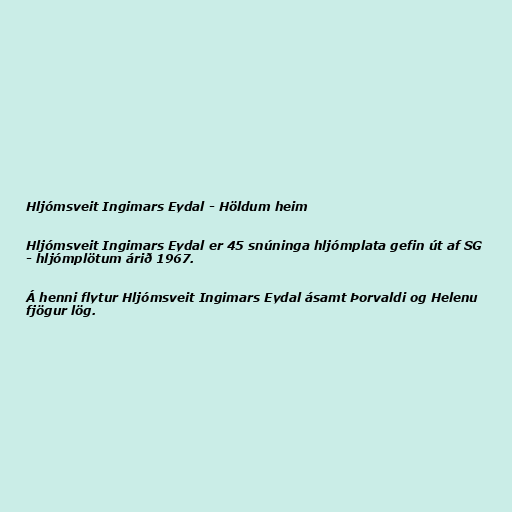
Hljómsveit Ingimars Eydal - Höldum heim

Hljómsveit Ingimars Eydal er 45 snúninga hljómplata gefin út af SG
- hljómplötum árið 1967.

Á henni flytur Hljómsveit Ingimars Eydal ásamt Þorvaldi og Helenu
fjögur lög.